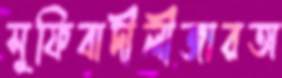
সুফিবাদীলীজারঅ